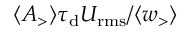
\ensuremath { \langle A _ { > } \rangle } \ensuremath { \tau _ { \mathrm { d } } } U _ { \mathrm { r m s } } / \ensuremath { \langle w _ { > } \rangle }